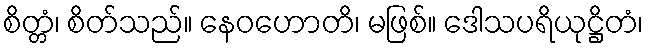
စိတ္တံ၊ စိတ်သည်။ နေဝဟောတိ၊ မဖြစ်။ ဒေါသပရိယုဋ္ဌိတံ၊